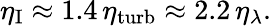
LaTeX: \eta_{\mathrm{I}}\approx 1.4\, \eta_{\mathrm{turb}}\approx 2.2\, \eta_{\lambda}.